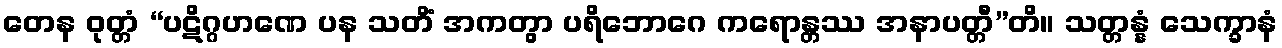
တေန ဝုတ္တံ “ပဋိဂ္ဂဟဏေ ပန သတိံ အကတွာ ပရိဘောဂေ ကရောန္တဿ အနာပတ္တီ”တိ။ သတ္တန္နံ သေက္ခာနံ